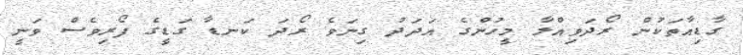
ގާޑިއާތަކުން ރޯދަވިއްލާ މީހުންގެ އަދަދު ގިނަވެ ރޯދަ ކަނޑާ ގަޑީގެ ފޯރިވެސް ވަނީ